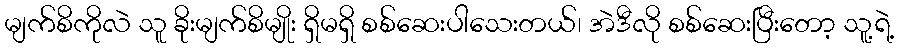
မျက်စိကိုလဲ သူ ခိုးမျက်စိမျိုး ရှိမရှိ စစ်ဆေးပါသေးတယ်၊ အဲဒီလို စစ်ဆေးပြီးတော့ သူ့ရဲ့